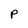
Character: P